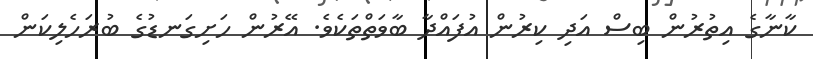
ކާނާގެ އިތުރުން ބިސް އަދި ކިރުން އުފައްދާ ބާވަތްތަކެވެ. އޭރުން ހަށިގަނޑުގެ ބުރަހެލިކަން